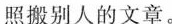
照搬别人的文章。